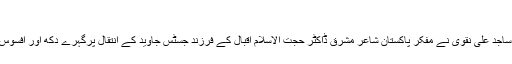
علامہ سید
کی رپورٹ کے مطابق شیعہ علماء کونسل پاکستان کے سربراہ علامہ سید ساجد علی نقوی نے مفکر پاکستان شاعر مشرق ڈاکٹر حجت الاسلام اقبال کے فرزند جسٹس جاوید کے انتقال پرگہرے دکھ اور افسوس کا اظہار کرتے ہوئے کہا : اللہ انھیں جوارِ رحمت میں جگہ عطا فرمائے۔